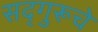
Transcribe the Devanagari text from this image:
सद्‌गुरूचे